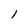
Character: 1